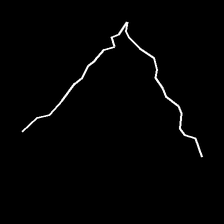
Glyph: region